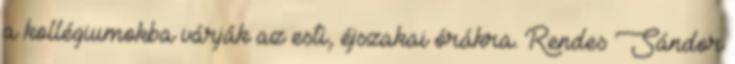
a kollégiumokba várják az esti, éjszakai órákra. Rendes Sándor